Indian journal of veterinary science and animal husbandry - Volume 4,
Year: 1934
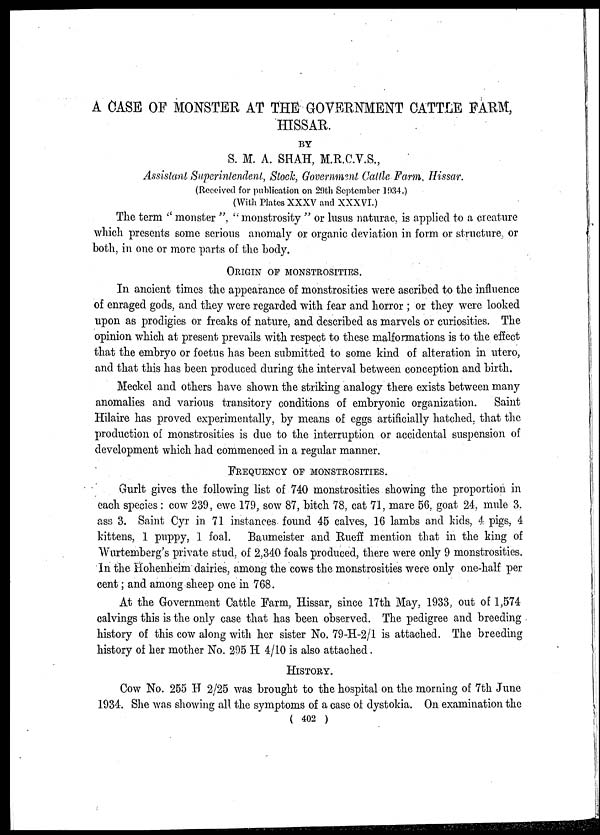
A CASE OF MONSTER AT THE GOVERNMENT CATTLE FARM,
HISSAR.
BY
S. M. A. SHAH, M.R.C.V.S.,
Assistant Superintendent, Stock, Government Cattle Farm, Hissar.
(Received for publication on 29th September 1934.)
(With Plates XXXV and XXXVI.)
The term " monster ", "monstrosity " or lusus naturae, is applied to a creature
which presents some serious anomaly or organic deviation in form or structure or
both, in one or more parts of the body.
ORIGIN OF MONSTROSITIES.
In ancient times the appearance of monstrosities were ascribed to the influence
of enraged gods, and they were regarded with fear and horror ; or they were looked
upon as prodigies or freaks of nature, and described as marvels or curiosities. The
opinion which at present prevails with respect to these malformations is to the effect
that the embryo or foetus has been submitted to some kind of alteration in utero,
and that this has been produced during the interval between conception and birth.
Meckel and others have shown the striking analogy there exists between many
anomalies and various transitory conditions of embryonic organization. Saint
Hilaire has proved experimentally, by means of eggs artificially hatched, that the
production of monstrosities is due to the interruption or accidental suspension of
development which had commenced in a regular manner.
FREQUENCY OF MONSTROSITIES.
Gurlt gives the following list of 740 monstrosities showing the proportion in
each species : cow 239, ewe 179, sow 87, bitch 78, cat 71, mare 56, goat 24, mule 3.
ass 3. Saint Cyr in 71 instances found 45 calves, 16 lambs and kids, 4 pigs, 4
kittens, 1 puppy, 1 foal. Baumeister and Rueff mention that in the king of
Wurtemberg's private stud. of 2,340 foals produced, there were only 9 monstrosities.
In the Hohenheim dairies, among the cows the monstrosities were only one-half per
cent; and among sheep one in 768.
At the Government Cattle Farm, Hissar, since 17th May, 1933, out of 1,574
calvings this is the only case that has been observed. The pedigree and breeding
history of this cow along with her sister No. 79-H-2/1 is attached. The breeding
history of her mother No. 295 H 4/10 is also attached.
HISTORY.
Cow No. 255 H 2/25 was brought to the hospital on the morning of 7th June
1934. She was showing all the symptoms of a case of dystokia. On examination the
( 402 )